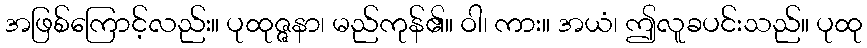
အဖြစ်ကြောင့်လည်း။ ပုထုဇ္ဇနာ၊ မည်ကုန်၏။ ဝါ၊ ကား။ အယံ၊ ဤလူခပင်းသည်။ ပုထု